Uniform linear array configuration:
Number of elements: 32
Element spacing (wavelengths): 0.25
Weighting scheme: kaiser
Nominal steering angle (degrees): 45
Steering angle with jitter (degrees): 44.519
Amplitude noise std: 0.05
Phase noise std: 0.05

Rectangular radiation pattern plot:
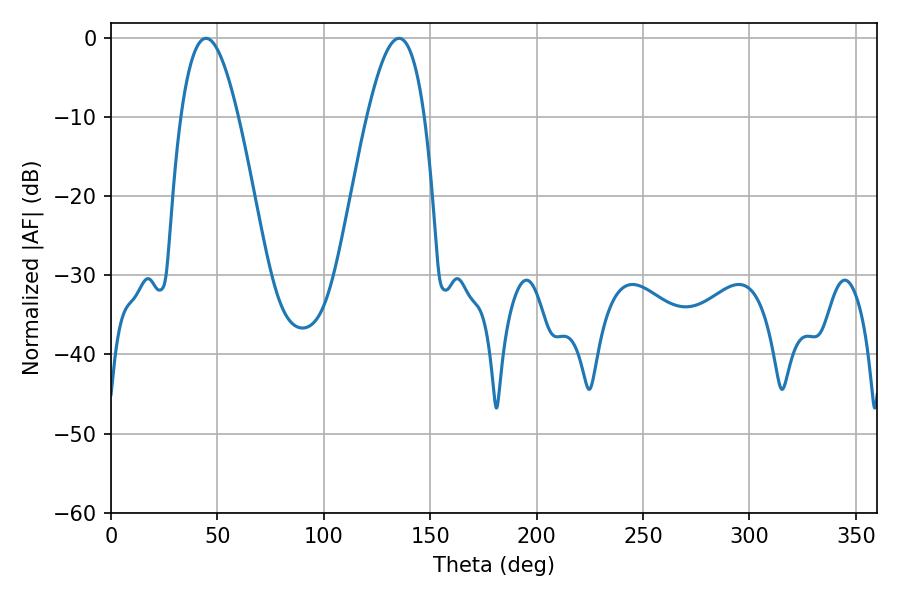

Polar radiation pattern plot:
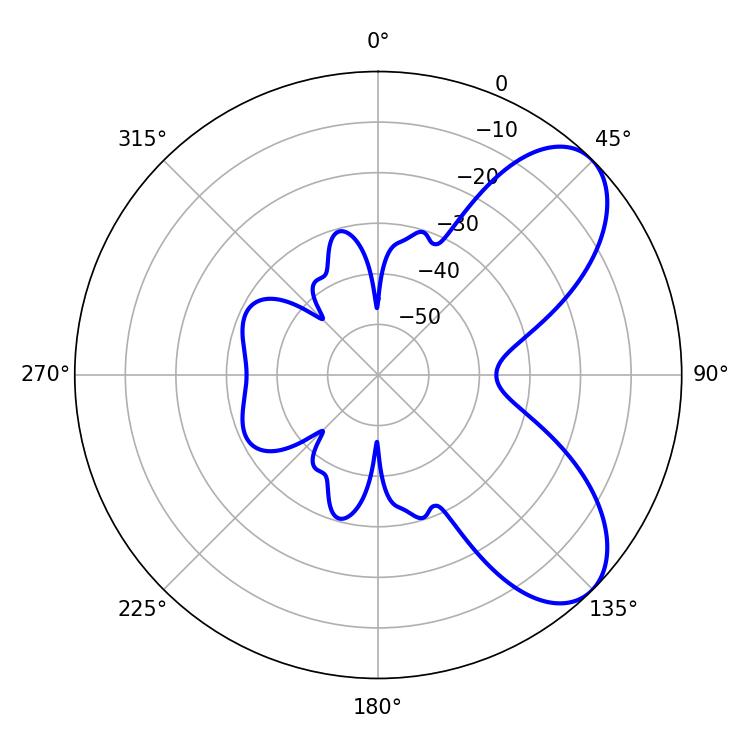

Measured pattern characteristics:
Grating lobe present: FALSE
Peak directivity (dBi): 7.055
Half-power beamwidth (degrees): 14.76
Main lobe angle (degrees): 44.64